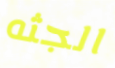
الجثه